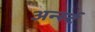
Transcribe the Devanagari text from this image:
अर्न्‍स्ट